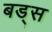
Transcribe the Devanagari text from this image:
बड्स